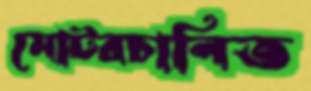
মোটরচালিত